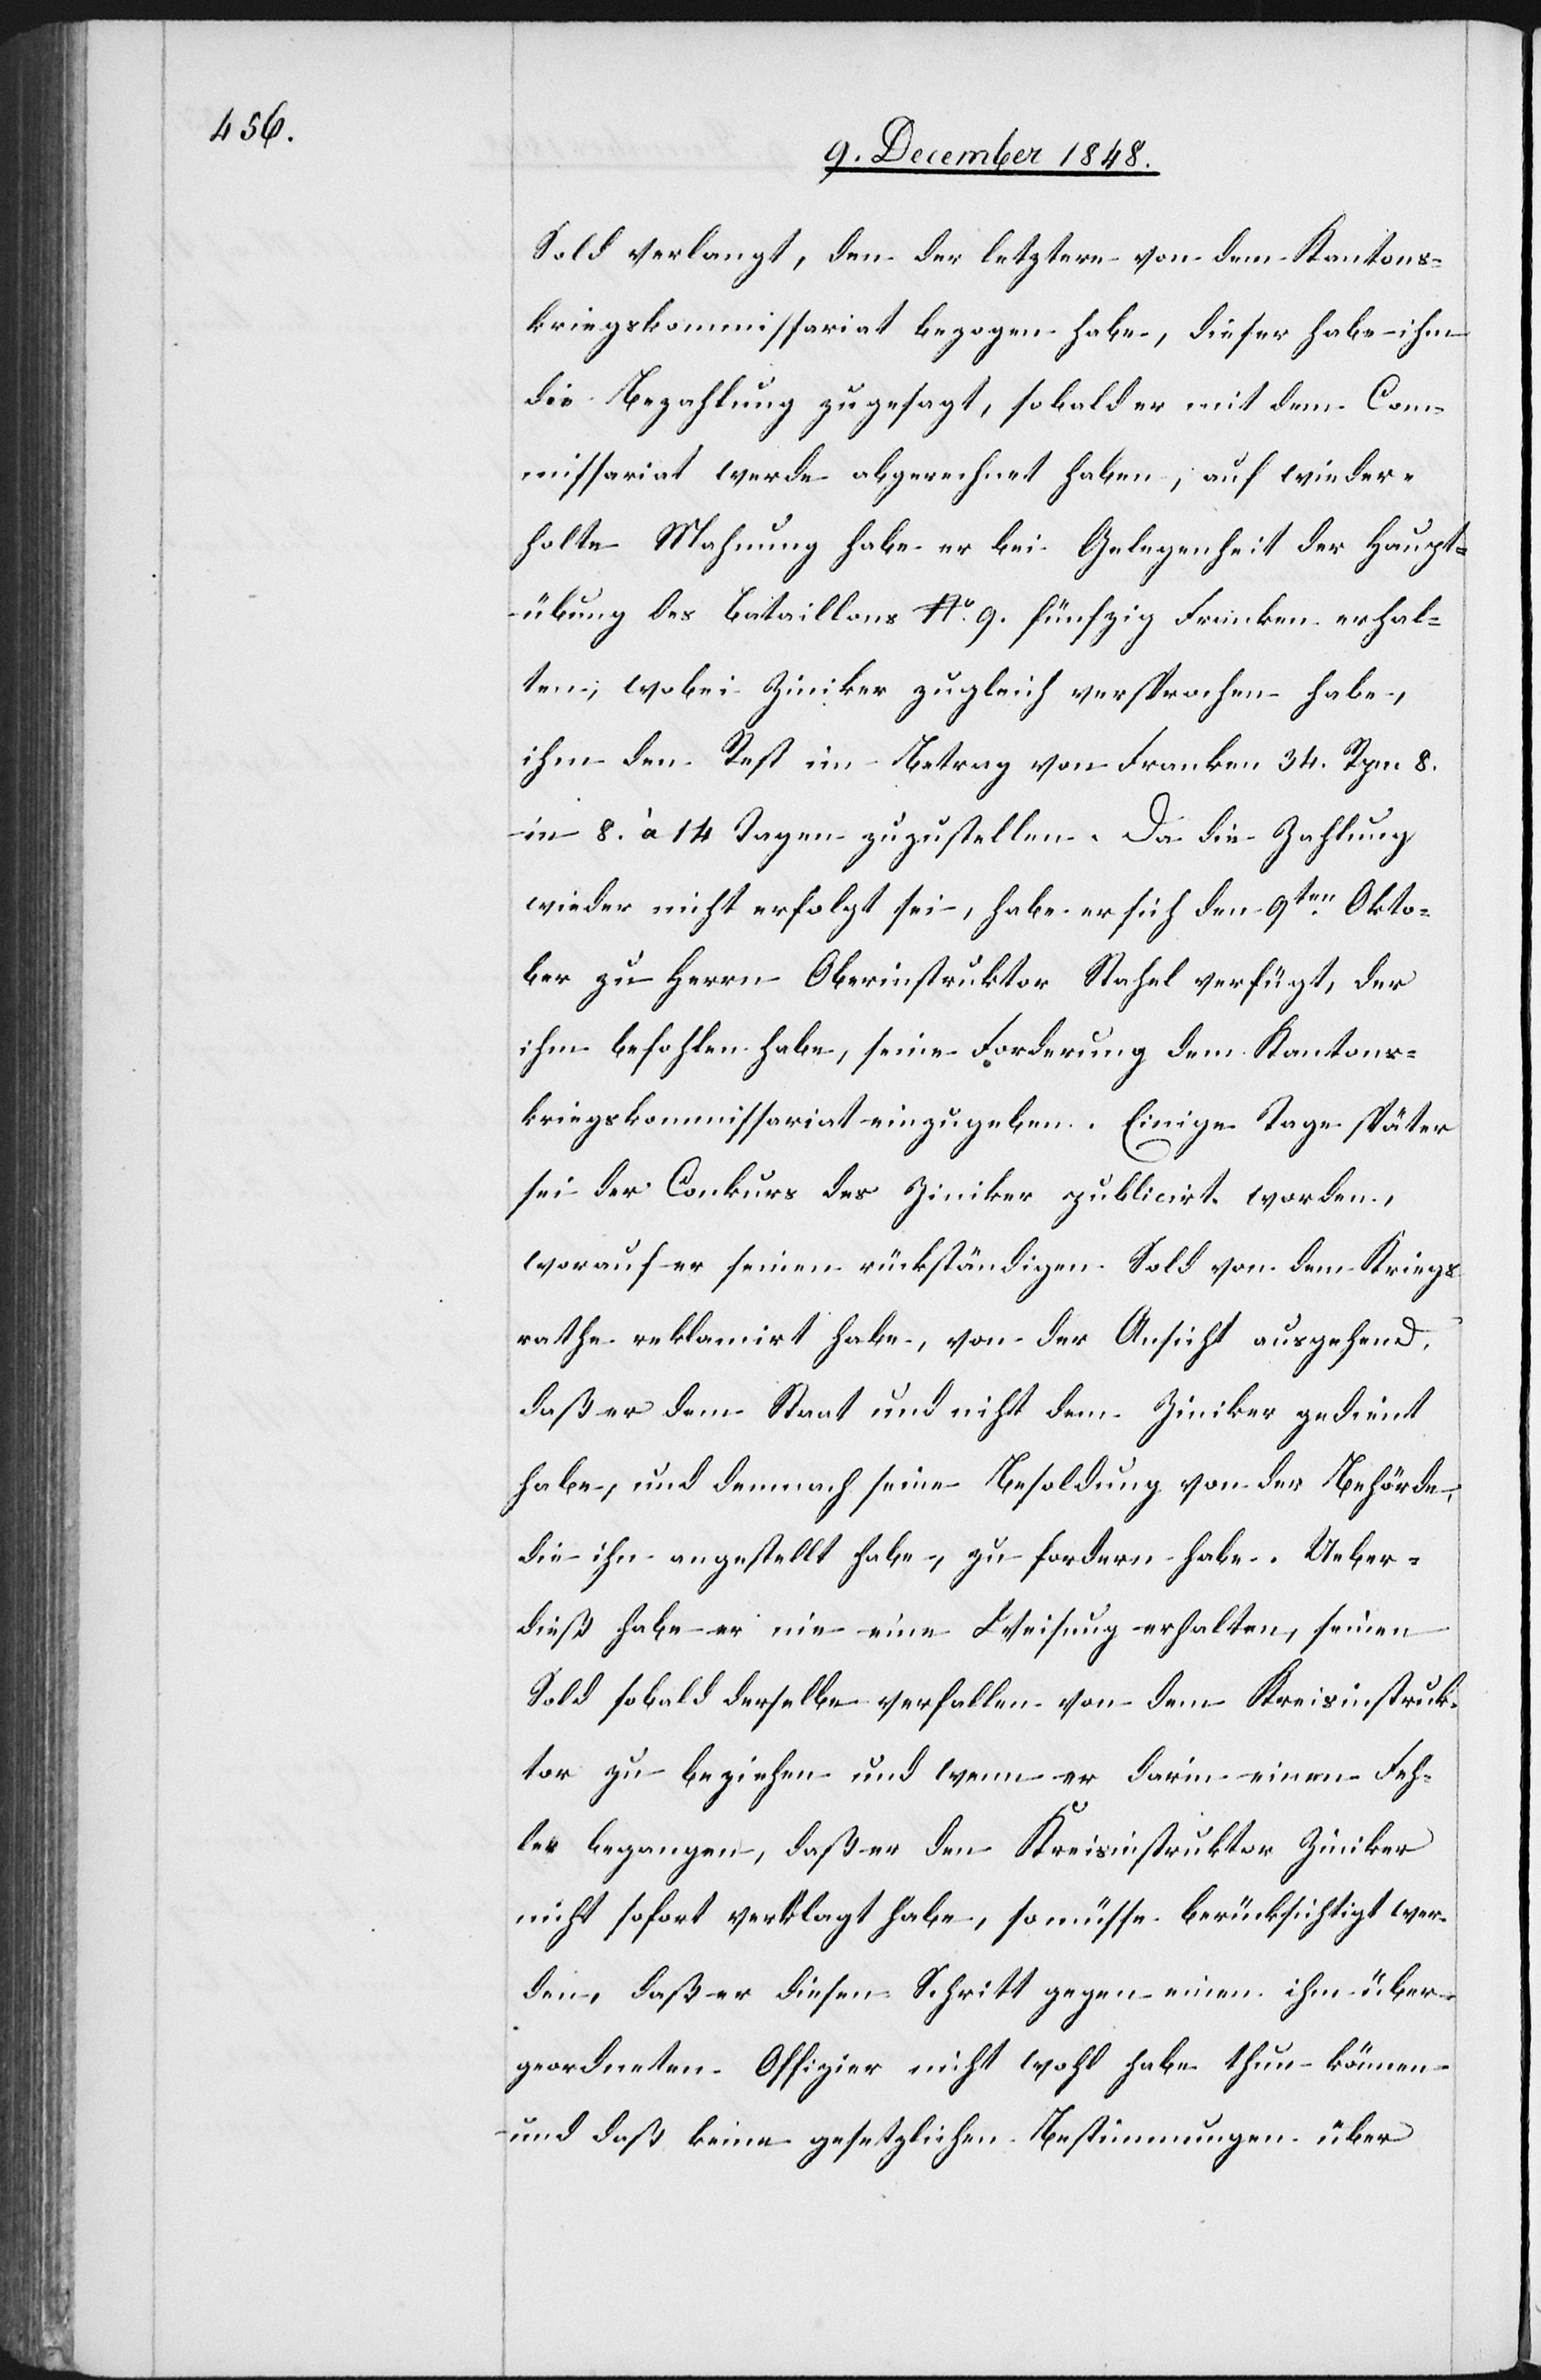
Sold verlangt, den der letztere von dem Kantons¬
kriegskommissariat bezogen habe, dieser habe ihm
die Bezahlung zugesagt, sobald er mit dem Com¬
missariat werde abgerechnet haben, auf wieder¬
holte Mahnung habe er bei Gelegenheit der Haupt¬
übung des Bataillons No 9. fünfzig Franken erhal¬
ten, wobei Ziniker zugleich versprochen habe,
ihm den Rest im Betrag von Franken 34. Rpn. 8.
in 8. à 14 Tagen zuzustellen. Da die Zahlung
wieder nicht erfolgt sei, habe er sich den 9ten Okto¬
ber zu Herrn Oberinstruktor Stahel verfügt, der
ihm befohlen habe, seine Forderung dem Kantons¬
kriegskommissariat einzugeben. Einige Tage später
sei der Conkurs des Ziniker publicirt worden,
worauf er seinen rückständigen Sold von dem Kriegs¬
rathe reklamirt habe, von der Ansicht ausgehend,
daß er dem Staat und nicht dem Ziniker gedient
habe, und demnach seine Besoldung von der Behörde,
die ihn angestellt habe, zu fordern habe. Ueber¬
dieß habe er nie eine Weisung erhalten, seinen
Sold sobald derselbe verfallen von dem Kreisinstruk¬
tor zu beziehen und wenn er darin einen Feh¬
ler begangen, daß er den Kreisinstruktor Ziniker
nicht sofort verklagt habe, so müsse berücksichtigt wer¬
den, daß er diesen Schritt gegen einen ihm über¬
geordneten Offizier nicht wohl habe thun können
und daß keine gesetzlichen Bestimmungen über